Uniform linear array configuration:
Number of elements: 48
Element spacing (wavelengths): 0.25
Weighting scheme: uniform
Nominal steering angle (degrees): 0
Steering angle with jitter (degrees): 0.9245
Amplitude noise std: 0.05
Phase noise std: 0.05

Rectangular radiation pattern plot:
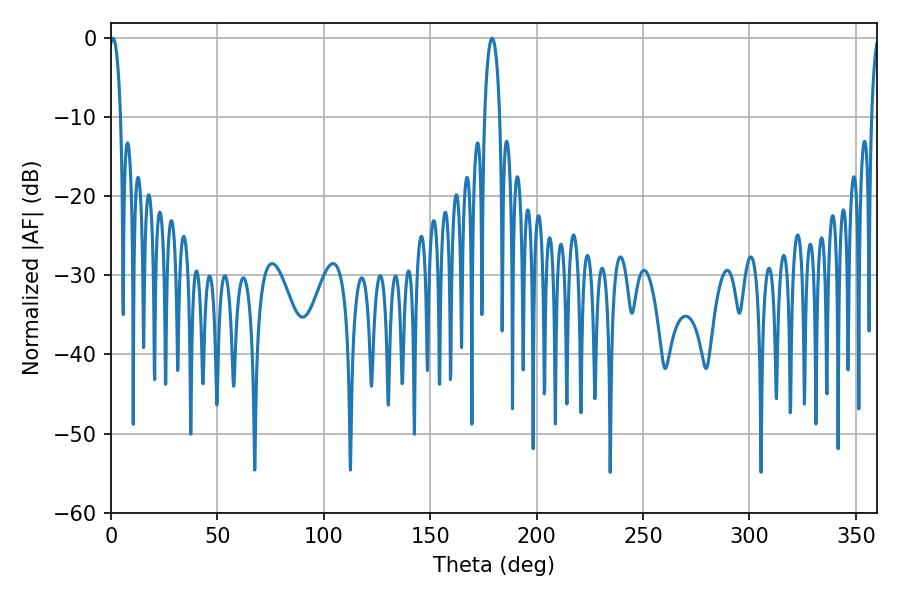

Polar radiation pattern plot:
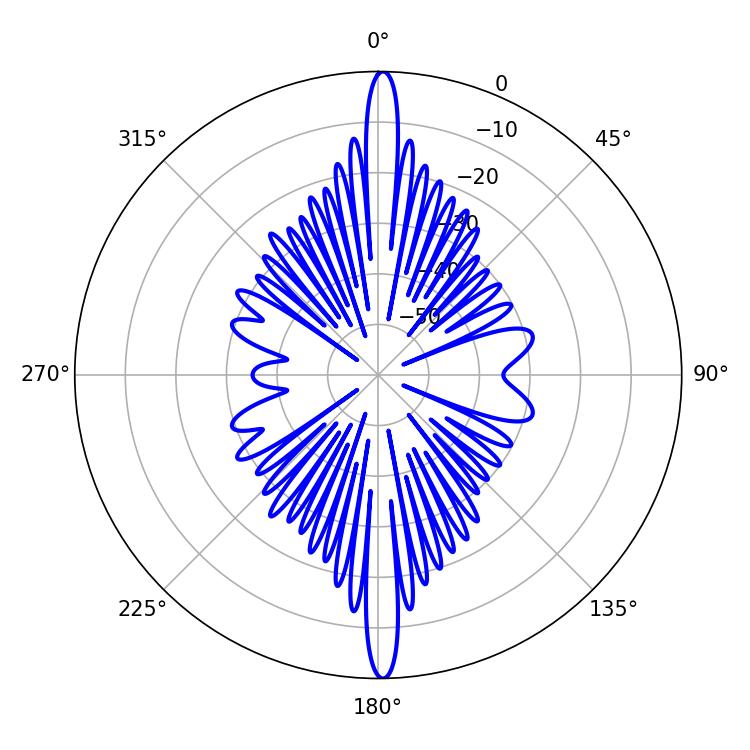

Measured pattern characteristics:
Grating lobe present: FALSE
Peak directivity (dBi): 28.667
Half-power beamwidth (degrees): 2.88
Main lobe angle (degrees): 0.9